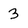
Character: 3